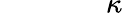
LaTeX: ~~~~~~~~~~~~~~~\kappa